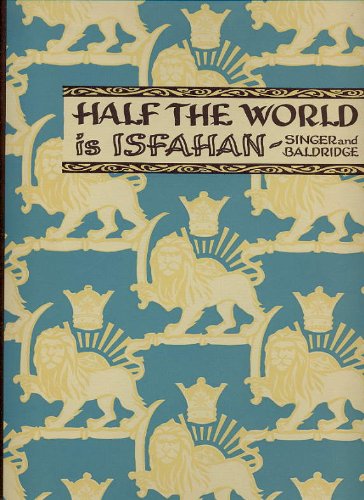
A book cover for Half the world is Isfahan,; Caroline Singer; Travel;